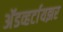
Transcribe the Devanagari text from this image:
अॅडव्हर्टायझर